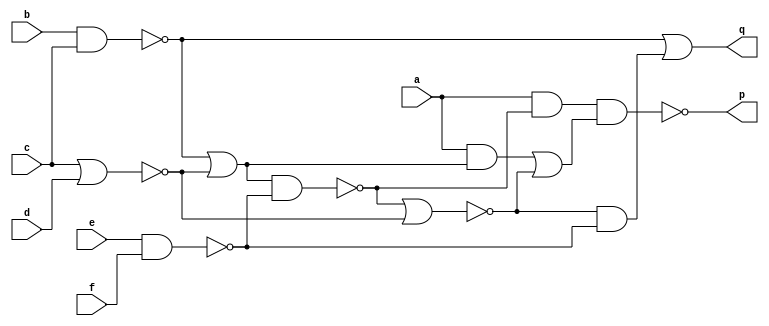
module top(...);
	input a,b,c,d,e,f;
	wire nA = b&c;
	wire A = !nA;
	wire nB = c|d;
	wire B = !nB;
	wire nC = e&f;
	wire C = !nC;
	wire D = A|B;
	wire E = a&D;
	wire nF = D&C;
	wire F = !nF;
	wire nG = F|B;
	wire G = !nG;
	wire H = a&F;
	wire I = E|G;
	wire J = G&C;
	wire np = H&I;
	output p = !np;
	output q = A|J;
endmodule